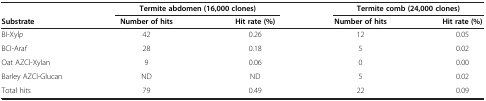
<table><thead><tr><td><b> </b></td><td colspan="2"><b>Termite abdomen (16,000 clones)</b></td><td colspan="2"><b>Termite comb (24,000 clones)</b></td></tr><tr><td><b>Substrate</b></td><td><b>Number of hits</b></td><td><b>Hit rate (%)</b></td><td><b>Number of hits</b></td><td><b>Hit rate (%)</b></td></tr></thead><tbody><tr><td>BI-Xyl<i>p</i></td><td>42</td><td>0.26</td><td>12</td><td>0.05</td></tr><tr><td>BCI-Ara<i>f</i></td><td>28</td><td>0.18</td><td>5</td><td>0.02</td></tr><tr><td>Oat AZCl-Xylan</td><td>9</td><td>0.06</td><td>0</td><td>0.00</td></tr><tr><td>Barley AZCl-Glucan</td><td>ND</td><td>ND</td><td>5</td><td>0.02</td></tr><tr><td>Total hits</td><td>79</td><td>0.49</td><td>22</td><td>0.09</td></tr></tbody></table>